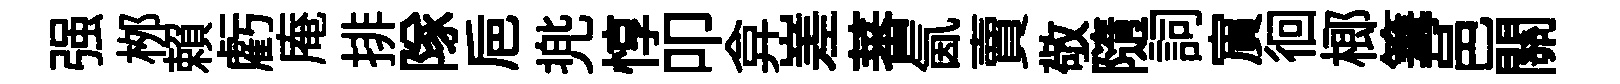
强桞賴虧庵排隊巵兠惇叩弇嵳蕃氤賣敬隨詞賔徊榔篝邑關